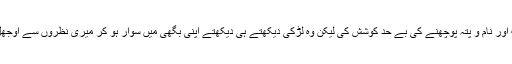
میں نے اس لڑکی سے اس کے ذریعہ معلومات اور نام و پتہ پوچھنے کی بے حد کوشش کی لیکن وہ لڑکی دیکھتے ہی دیکھتے اپنی بگھی میں سوار ہو کر میری نظروں سے اوجھل ہوگئی...........سکندر آپ کا عزیز فرزند تھا ۔